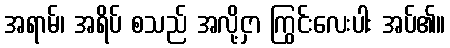
အရာမ်၊ အရိပ် စသည် အလို့ငှာ ကြွင်းလေးပါး အပ်၏။